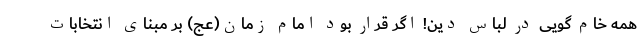
همه خام گویی در لباس دین! اگر قرار بود امام زمان(عج) بر مبنای انتخابات